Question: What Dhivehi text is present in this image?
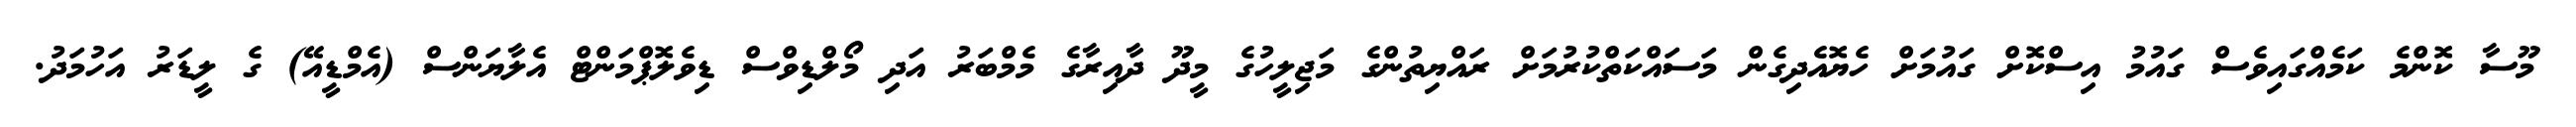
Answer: މޫސާ ކޮންމެ ކަމެއްގައިވެސް ގައުމު އިސްކޮށް ގައުމަށް ހެޔޮއެދިގެން މަސައްކަތްކުރުމަށް ރައްޔިތުންގެ މަޖިލީހުގެ މީދޫ ދާއިރާގެ މެމްބަރު އަދި މޯލްޑިވްސް ޑިވެލޮޕްމަންޓް އެލާޔަންސް (އެމްޑީއޭ) ގެ ލީޑަރު އަހުމަދު.